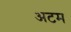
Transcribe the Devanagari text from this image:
अटम